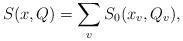
LaTeX: \begin{align*} S(x, Q) = \sum_v S_0(x_v, Q_v),\end{align*}